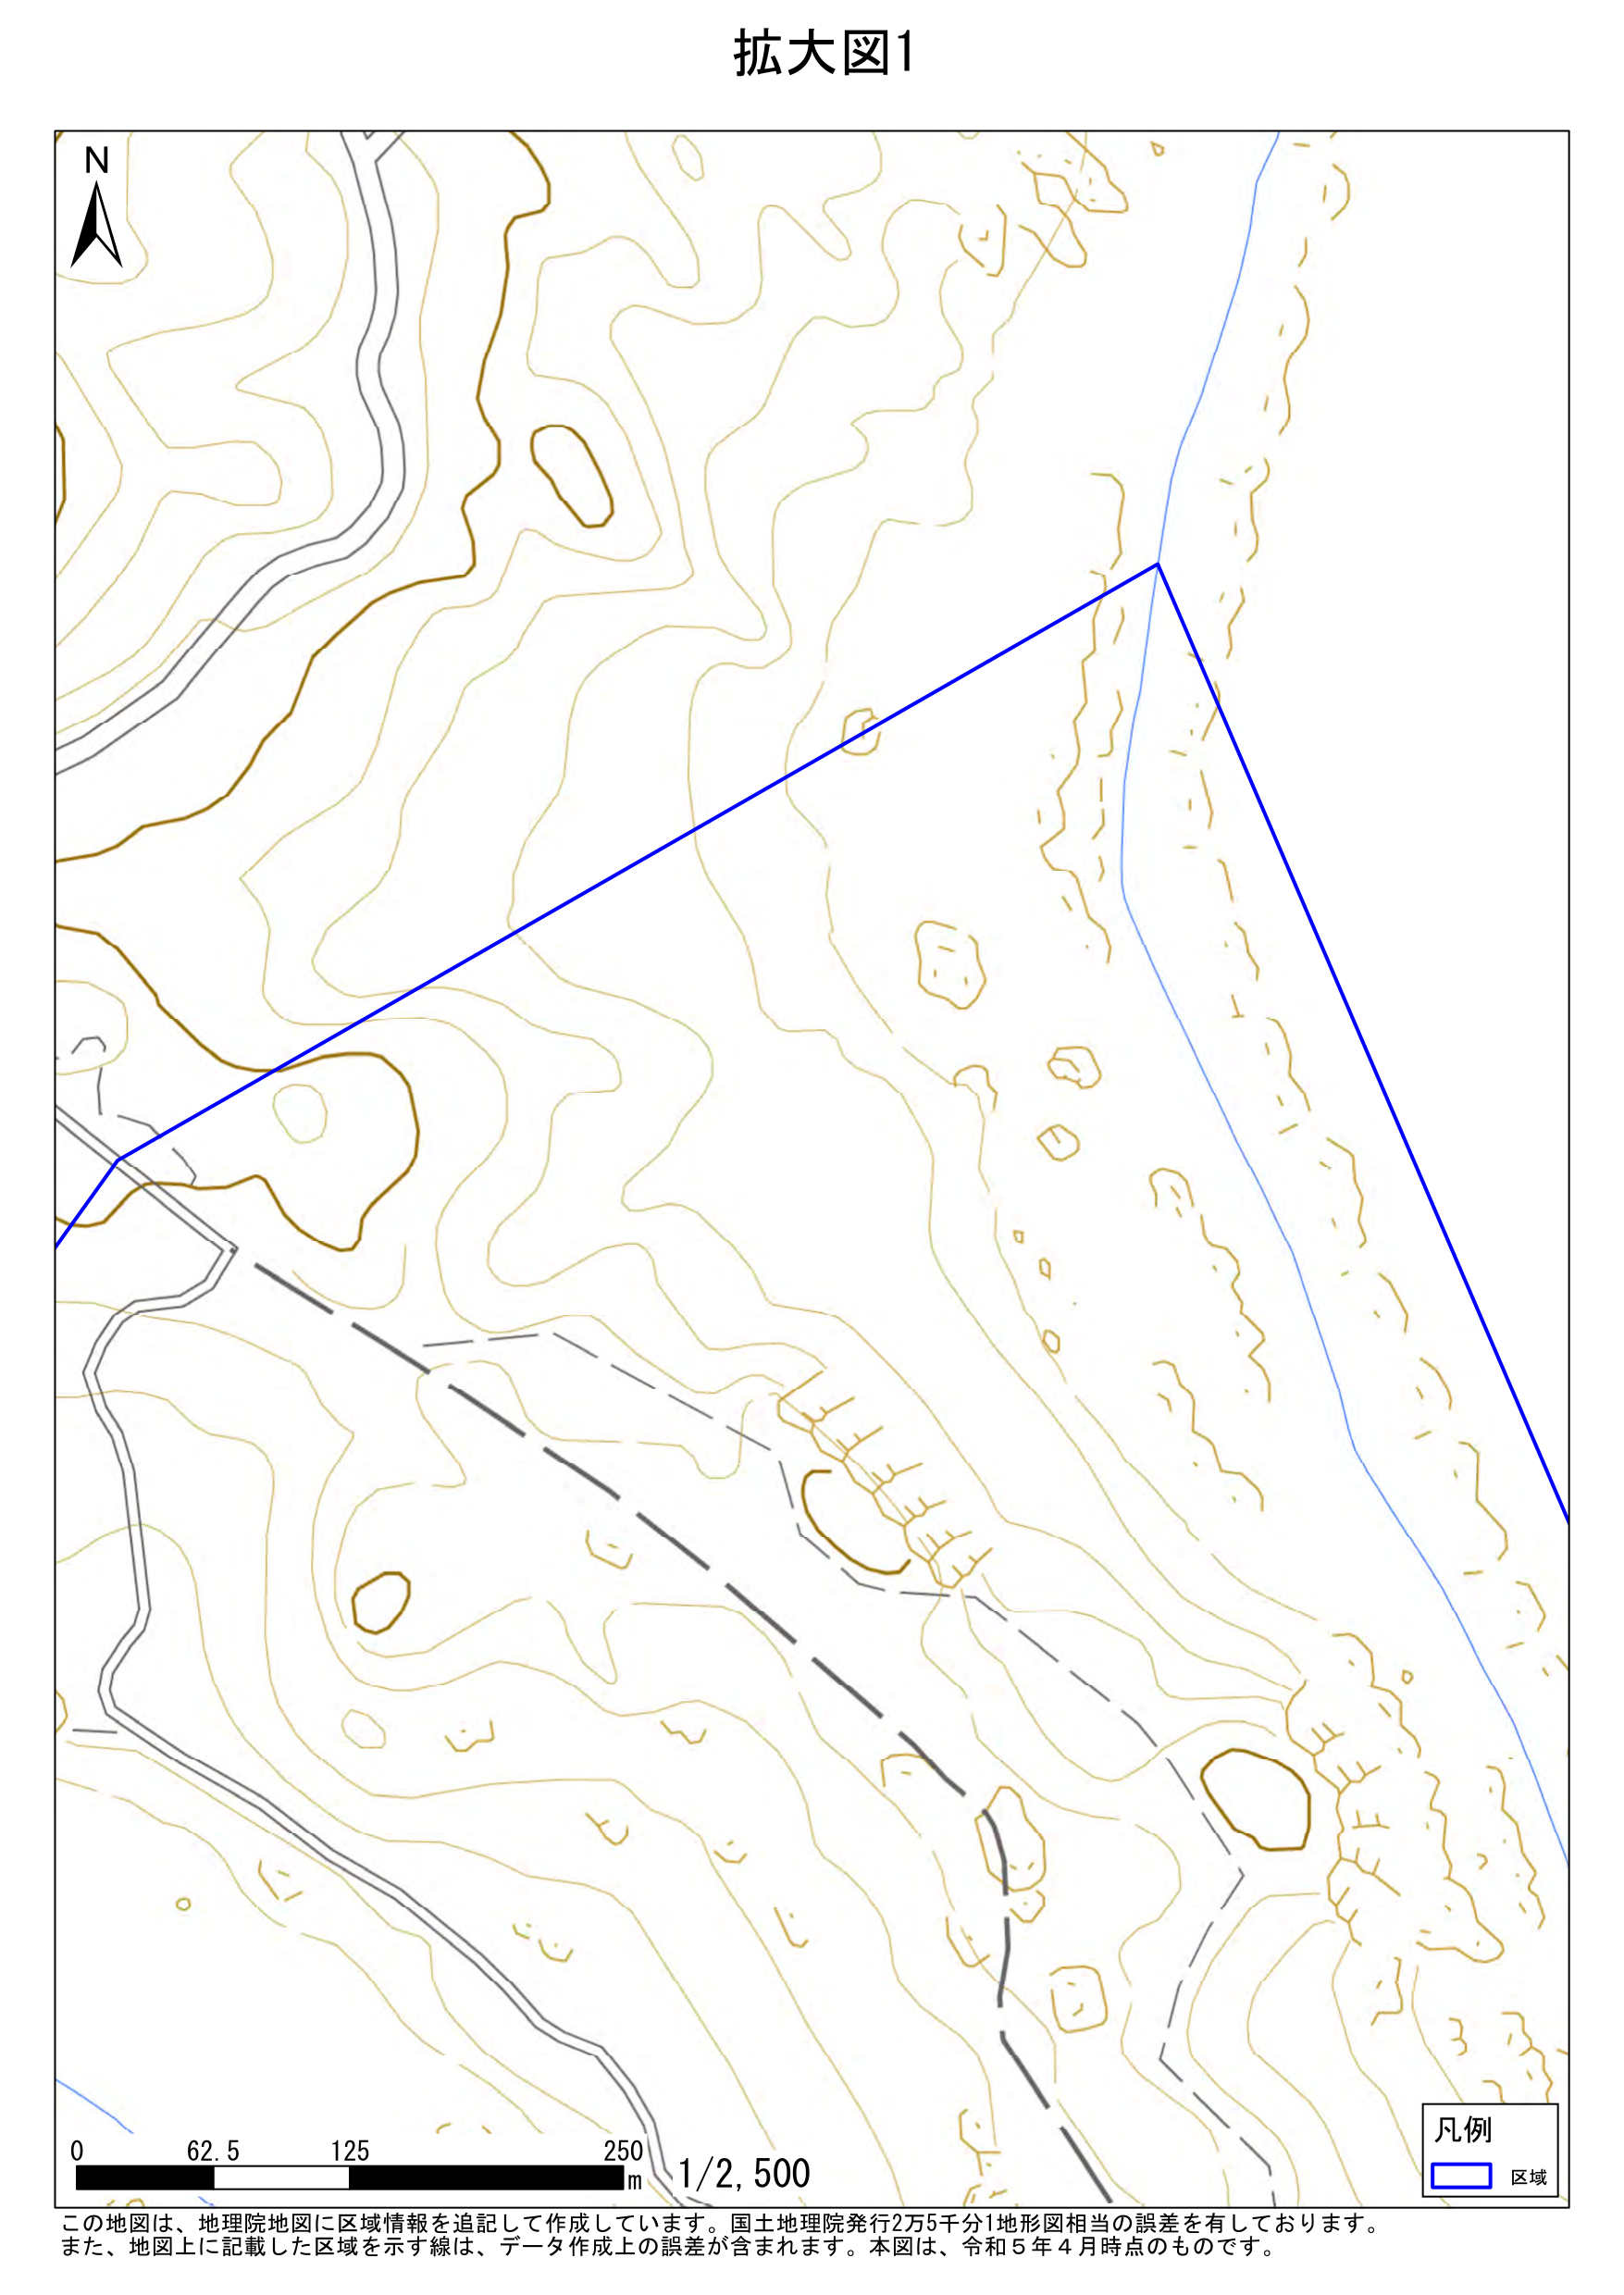
拡大図1

N

0    62.5    125    250 m    1/2,500

凡例
□ 区域

この地図は、地理院地図に区域情報を追記して作成しています。国土地理院発行2万5千分1地形図相当の誤差を有しております。
また、地図上に記載した区域を示す線は、データ作成上の誤差が含まれます。本図は、令和5年4月時点のものです。